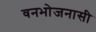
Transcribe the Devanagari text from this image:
वनभोजनासी